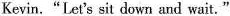
Kevin."Let's sit down and wait."